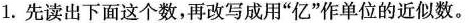
1.先读出下面这个数，再改写成用”亿”作单位的近似数。